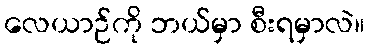
လေယာဉ်ကို ဘယ်မှာ စီးရမှာလဲ။